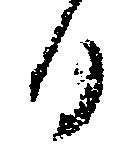
日